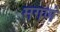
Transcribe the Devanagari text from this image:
मगणं